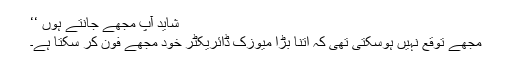
شاید آپ مجھے جانتے ہوں ‘‘
مجھے توقع نہیں ہوسکتی تھی کہ اتنا بڑا میوزک ڈائریکٹر خود مجھے فون کر سکتا ہے۔